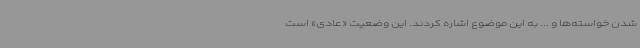
شدن خواسته‌ها و ... به این موضوع اشاره کردند. این وضعیت «عادی» است